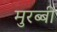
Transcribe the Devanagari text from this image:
मुरब्बी